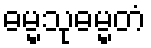
ဓမ္မသုဓမ္မတံ